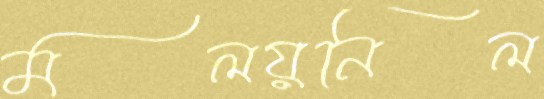
মলয়নিল